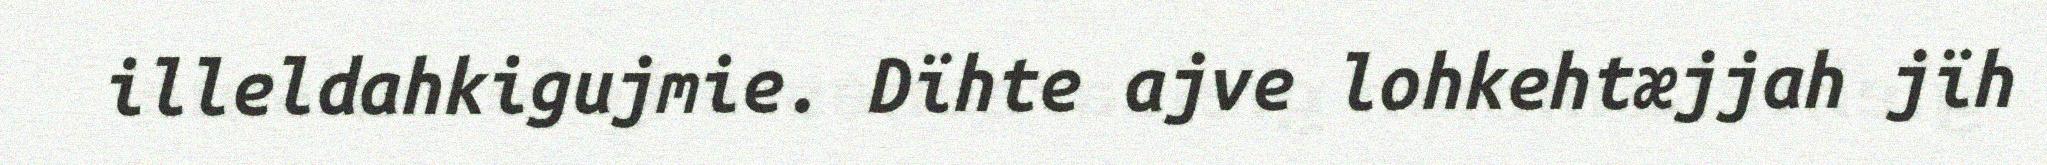
illeldahkigujmie. Dïhte ajve lohkehtæjjah jïh